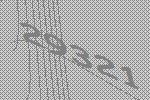
29321